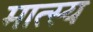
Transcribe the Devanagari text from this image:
मात्स्य